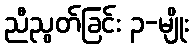
ညီညွတ်ခြင်း ၃-မျိုး